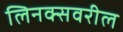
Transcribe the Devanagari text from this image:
लिनक्सवरील